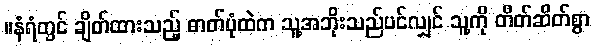
။နံရံတွင် ချိတ်ထားသည့် ဓာတ်ပုံထဲက သူ့အဘိုးသည်ပင်လျှင် သူ့ကို တိတ်ဆိတ်စွာ